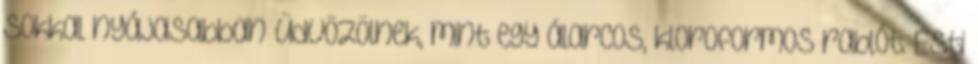
sokkal nyájasabban üdvözölnek, mint egy álarcos, kloroformos rablót. Esti